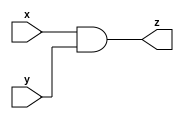
module And(input x,
           input y,
           output z);
  and (z,x,y);
endmodule